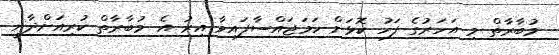
މުބާރާތް މި އަހަރުގެ ފަހު ކޮޅަށް ހަމަޖައްސާފައިވާ އިރު އެ މުބާރާތް ކުރިއަށްދާނީ